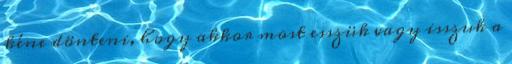
kéne dönteni, hogy akkor most esszük vagy isszuk a